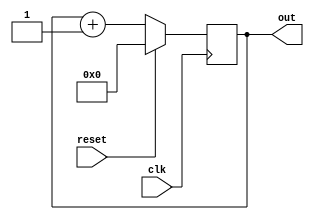
module pc(
input clk,reset,
output reg [3:0]out);
always @(posedge clk)
begin
if (reset==1)
   out <= 0;
else
 out <= out+1;
 end
 endmodule